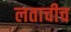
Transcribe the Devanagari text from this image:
लताचीच